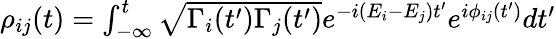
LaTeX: \begin{array}{r}{\rho_{ij}(t)=\int_{-\infty}^{t}\sqrt{\Gamma_{i}(t^{\prime})\Gamma_{j}(t^{\prime})}e^{-i(E_{i}-E_{j})t^{\prime}}e^{i\phi_{ij}(t^{\prime})}dt^{\prime}}\end{array}